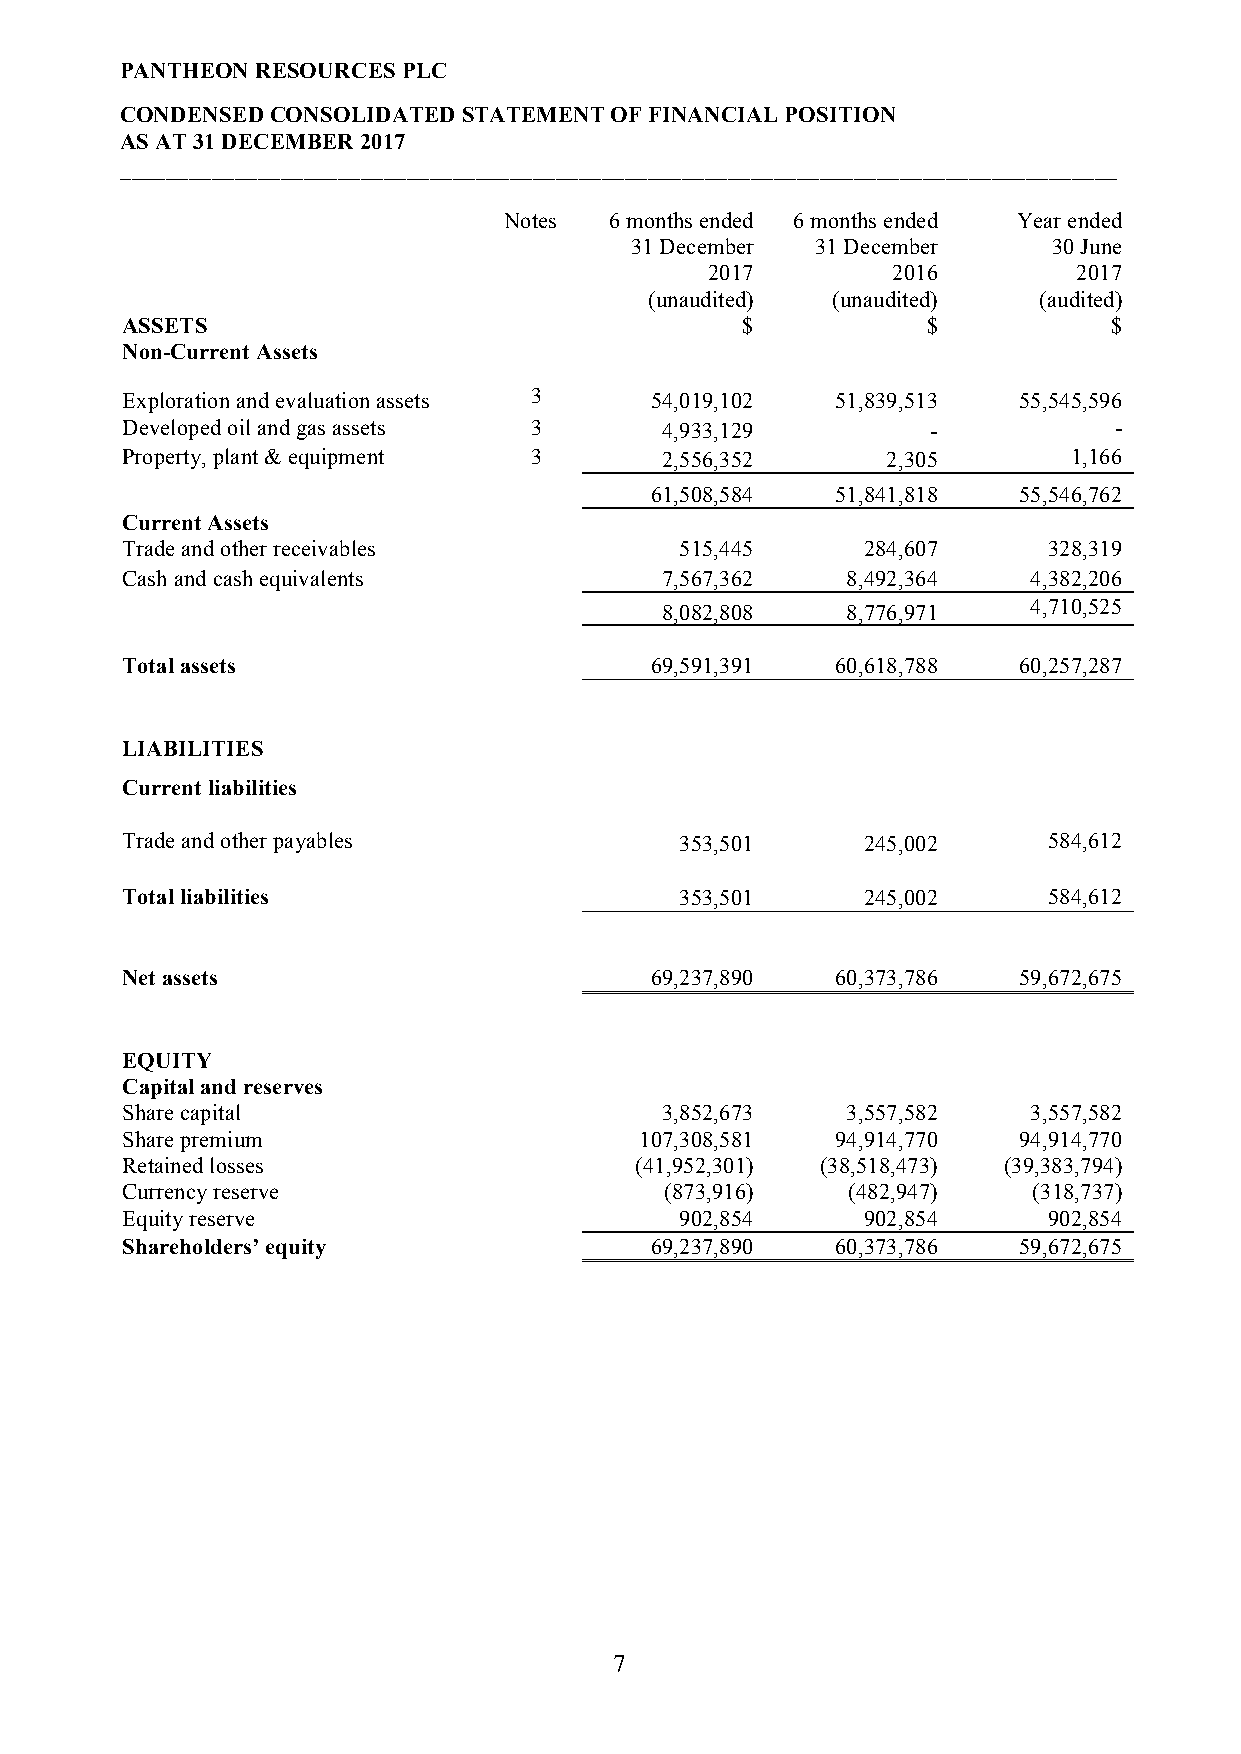
PANTHEON RESOURCES PLC
 CONDENSED CONSOLIDATED STATEMENT OF FINANCIAL POSITION
 AS AT 31 DECEMBER 2017
 _______________________________________________________________________________________
 Notes  6 months ended 6 months ended Year ended
 31 December 31 December     30 June
 2017        2016        2017
 (unaudited) (unaudited)   (audited)
 ASSETS                                   $           $           $
 Non-Current Assets
 Exploration and evaluation assets 3 54,019,102 51,839,513  55,545,596
 Developed oil and gas assets 3      4,933,129         -           -
 Property, plant & equipment 3       2,556,352      2,305       1,166
 61,508,584  51,841,818  55,546,762
 Current Assets
 Trade and other receivables          515,445     284,607     328,319
 Cash and cash equivalents           7,567,362   8,492,364   4,382,206
 8,082,808   8,776,971   4,710,525
 Total assets                       69,591,391  60,618,788  60,257,287
 LIABILITIES
 Current liabilities
 Trade and other payables             353,501     245,002     584,612
 Total liabilities                    353,501     245,002     584,612
 Net assets                         69,237,890  60,373,786  59,672,675
 EQUITY
 Capital and reserves
 Share capital                       3,852,673   3,557,582   3,557,582
 Share premium                     107,308,581  94,914,770  94,914,770
 Retained losses                   (41,952,301) (38,518,473) (39,383,794)
 Currency reserve                    (873,916)   (482,947)   (318,737)
 Equity reserve                       902,854     902,854     902,854
 Shareholders’ equity               69,237,890  60,373,786  59,672,675
 7